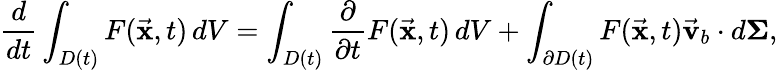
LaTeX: {\frac{d}{dt}}\int_{D(t)}F({\vec{\textbf{x}}},t)\, dV=\int_{D(t)}{\frac{\partial}{\partial t}}F({\vec{\textbf{x}}},t)\, dV+\int_{\partial D(t)}F({\vec{\textbf{x}}},t){\vec{\textbf{v}}}_{b}\cdot d\mathbf{\Sigma},